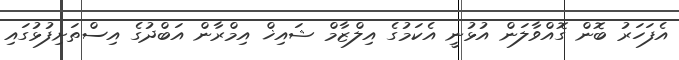
އެފަހަރު ބޮން ގޮއްވާލަން އުޅުނީ އެކަމުގެ އިލްޒާމް ޝައިޚް އިމްރާން އަބްދުގެ އިސްތަށިފުޅުގައި